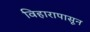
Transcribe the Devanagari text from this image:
विहारापासून